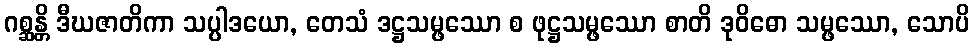
ဂစ္ဆန္တိ ဒီဃဇာတိကာ သပ္ပါဒယော, တေသံ ဒဋ္ဌသမ္ဖဿော စ ဖုဋ္ဌသမ္ဖဿော စာတိ ဒုဝိဓော သမ္ဖဿော, သောပိ